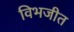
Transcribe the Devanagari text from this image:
विभजीत